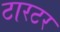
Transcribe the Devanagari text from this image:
टारटर